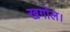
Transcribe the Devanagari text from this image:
खगोल।